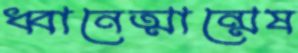
ধ্বানেত্মান্মেষ